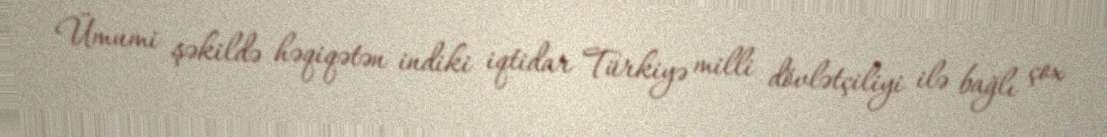
Ümumi şəkildə həqiqətən indiki iqtidar Türkiyə milli dövlətçiliyi ilə bağlı çox